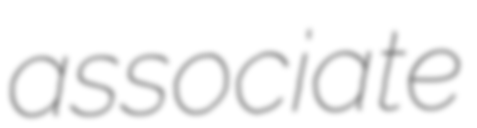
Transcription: associate